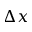
\Delta x